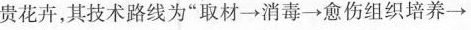
贵花卉，其技术路线为”取材→消毒→愈伤组织培养→